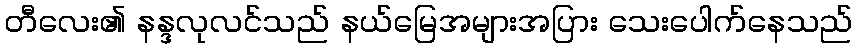
တီလေး၏ နန္ဒလုလင်သည် နယ်မြေအများအပြား သေးပေါက်နေသည်